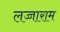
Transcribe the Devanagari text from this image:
लज्जाराम